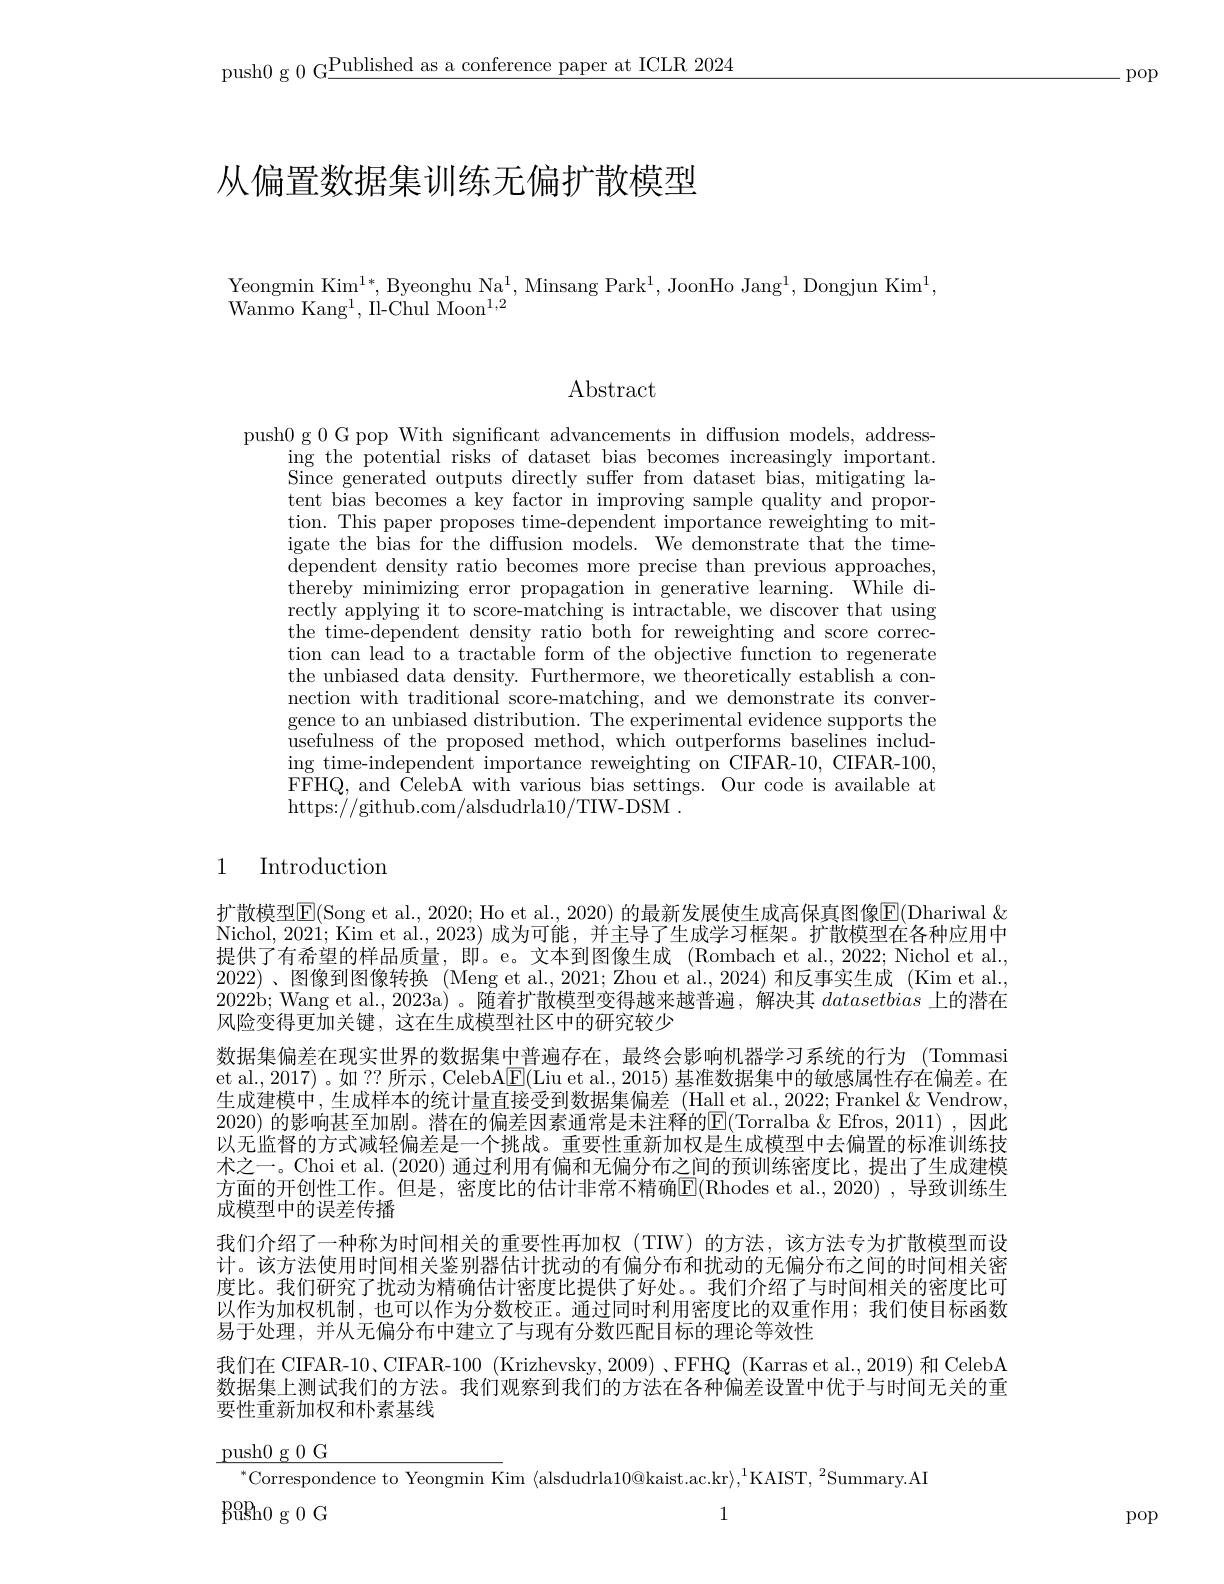
push0 g 0 G$\underline\text{Published as a conference paper at ICLR 2024}$

.pop

# 从偏置数据集训练无偏扩散模型

Yeongmin Kim$^1*$,Byeonghu Na$^1$,Minsang Park$^1$,JoonHo Jang$^1$,Dongjun Kim$^1$,
Wanmo Kan$g^{1}$, Il- Chul Moo$n^{1, 2}$

Abstract

push0 g 0 G pop With significant advancements in diffusion models, address-
ing the potential risks of dataset bias becomes increasingly important. Since generated outputs directly suffer from dataset bias, mitigating latent bias becomes a key factor in improving sample quality and proportion. This paper proposes time-dependent importance reweighting to mitigate the bias for the diffusion models. We demonstrate that the timedependent density ratio becomes more precise than previous approaches, thereby minimizing error propagation in generative learning. While directly applying it to score-matching is intractable, we discover that using the time-dependent density ratio both for reweighting and score correction can lead to a tractable form of the objective function to regenerate the unbiased data density. Furthermore, we theoretically establish a connection with traditional score-matching, and we demonstrate its convergence to an unbiased distribution. The experimental evidence supports the usefulness of the proposed method, which outperforms baselines including time-independent importance reweighting on CIFAR-10, CIFAR-100, FFHQ, and CelebA with various bias settings. Our code is available at https://github.com/alsdudrla10/TIW-DSM.

## 1 Introduction

扩散模型$\overline{\mathbb{E}}($Song et al., 2020; Ho et al., 2020) 的最新发展使生成高保真图像$\underline{\mathbb{E}}($Dhariwal & Nichol, 2021; Kim et al., 2023) 成为可能，并主导了生成学习框架。扩散模型在各种应用中提供了有希望的样品质量，即。e。文本到图像生成(Rombach et al.,2022; Nichol et al., 2022) 、图像到图像转换 (Meng et al., 2021; Zhou et al., 2024)和反事实生成 (Kim et al., 2022b; Wang et al., 2023a)。随着扩散模型变得越来越普遍，解决其datasetbias上的潜在风险变得更加关键，这在生成模型社区中的研究较少
数据集偏差在现实世界的数据集中普遍存在，最终会影响机器学习系统的行为 (Tommasi et al., 2017) 。如 ?? 所示 , CelebA$\underline{\mathrm{E}}($Liu et al., 2015) 基准数据集中的敏感属性存在偏差。在生成建模中，生成样本的统计量直接受到数据集偏差 (Hall et al., 2022; Frankel &Vendrow, 2020) 的影响甚至加剧。潜在的偏差因素通常是未注释的E(Torralba &Efros, 2011) ,因此以无监督的方式减轻偏差是一个挑战。重要性重新加权是生成模型中去偏置的标准训练技术之一。Choi et al. (2020) 通过利用有偏和无偏分布之间的预训练密度比，提出了生成建模方面的开创性工作。但是，密度比的估计非常不精确$\operatorname{E}($Rhodes et al.,2020) ,导致训练生成模型中的误差传播
我们介绍了一种称为时间相关的重要性再加权(TIW)的方法，该方法专为扩散模型而设计。该方法使用时间相关鉴别器估计扰动的有偏分布和扰动的无偏分布之间的时间相关密度比。我们研究了扰动为精确估计密度比提供了好处。。我们介绍了与时间相关的密度比可以作为加权机制，也可以作为分数校正。通过同时利用密度比的双重作用；我们使目标函数易于处理，并从无偏分布中建立了与现有分数匹配目标的理论等效性
我们在 CIFAR-10、CIFAR-100 (Krizhevsky,2009)、FFHQ (Karras et al.,2019) 和 CelebA 数据集上测试我们的方法。我们观察到我们的方法在各种偏差设置中优于与时间无关的重要性重新加权和朴素基线

$\underline{\text{push}0\mathrm{~g~0~G}}$
$^{*}$Correspondence to Yeongmin Kim $\langle$alsdudrla$10@$kaist.ac.kr$\rangle,^1$KAIST,$^2$Summary.AI
pugh0 g 0 G
1

pop